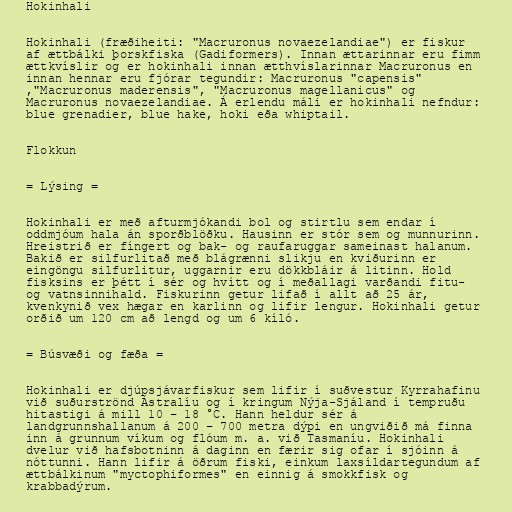
Hokinhali

Hokinhali (fræðiheiti: "Macruronus novaezelandiae") er fiskur
af ættbálki þorskfiska (Gadiformers). Innan ættarinnar eru fimm
ættkvíslir og er hokinhali innan ætthvíslarinnar Macruronus en
innan hennar eru fjórar tegundir: Macruronus "capensis"
,"Macruronus maderensis", "Macruronus magellanicus" og
Macruronus novaezelandiae. Á erlendu máli er hokinhali nefndur:
blue grenadier, blue hake, hoki eða whiptail.

Flokkun

= Lýsing =

Hokinhali er með afturmjókandi bol og stirtlu sem endar í
oddmjóum hala án sporðblöðku. Hausinn er stór sem og munnurinn.
Hreistrið er fíngert og bak- og raufaruggar sameinast halanum.
Bakið er silfurlitað með blágrænni slikju en kviðurinn er
eingöngu silfurlitur, uggarnir eru dökkbláir á litinn. Hold
fisksins er þétt í sér og hvítt og í meðallagi varðandi fitu-
og vatnsinnihald. Fiskurinn getur lifað í allt að 25 ár,
kvenkynið vex hægar en karlinn og lifir lengur. Hokinhali getur
orðið um 120 cm að lengd og um 6 kíló.

= Búsvæði og fæða =

Hokinhali er djúpsjávarfiskur sem lifir í suðvestur Kyrrahafinu
við suðurströnd Ástralíu og í kringum Nýja-Sjáland í tempruðu
hitastigi á mill 10 – 18 °C. Hann heldur sér á
landgrunnshallanum á 200 – 700 metra dýpi en ungviðið má finna
inn á grunnum víkum og flóum m. a. við Tasmaníu. Hokinhali
dvelur við hafsbotninn á daginn en færir sig ofar í sjóinn á
nóttunni. Hann lifir á öðrum fiski, einkum laxsíldartegundum af
ættbálkinum "myctophiformes" en einnig á smokkfisk og
krabbadýrum.